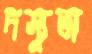
দস্যুতা